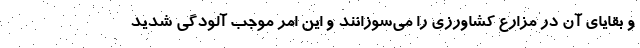
و بقایای آن در مزارع کشاورزی را می‌سوزانند و این امر موجب آلودگی شدید